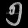
Digit: ၅